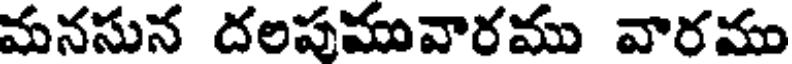
మనసున దలపమువారము వారము